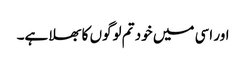
اور اسی میں خود تم لوگوں کا بھلا ہے۔